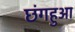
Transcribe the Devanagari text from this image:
छंगहुआ